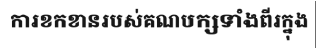
ការខកខានរបស់គណបក្សទាំងពីរក្នុង